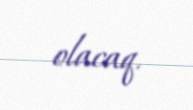
olacaq.